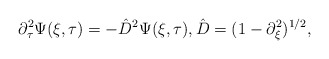
\begin{align*}\partial_{\tau}^{2}\Psi(\xi, \tau) = - \hat{D}^{2}\Psi(\xi, \tau), \hat{D} = (1-\partial_{\xi}^{2})^{1/2},\end{align*}